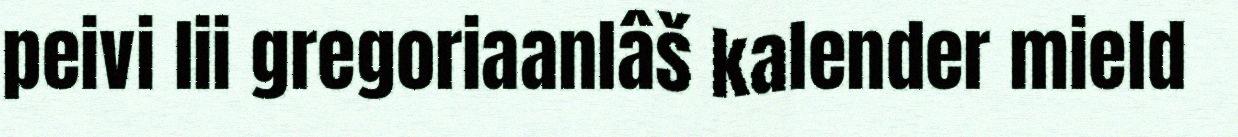
peivi lii gregoriaanlâš kalender mield